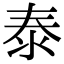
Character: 泰